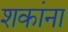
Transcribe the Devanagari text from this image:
शकांना